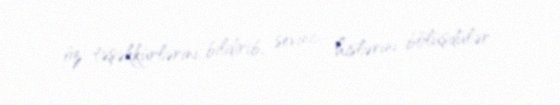
öz təşəkkürlərini bildirib, sevinc hislərini bölüşdülər.